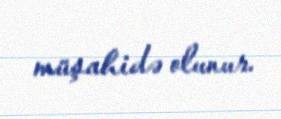
müşahidə olunur.